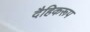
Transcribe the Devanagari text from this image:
दैहिकरूप